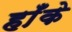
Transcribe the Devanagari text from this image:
हाँके